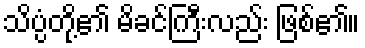
သိပ္ပံတို့၏ မိခင်ကြီးလည်း ဖြစ်၏။